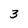
Character: 3